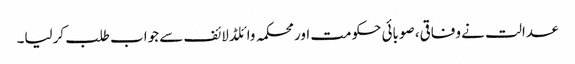
عدالت نے وفاقی، صوبائی حکومت اور محکمہ وائلڈ لائف سے جواب طلب کرلیا۔